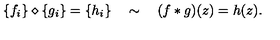
\{ f _ { i } \} \diamond \{ g _ { i } \} = \{ h _ { i } \} \quad \sim \quad ( f * g ) ( z ) = h ( z ) .